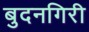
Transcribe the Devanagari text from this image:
बुदनगिरी